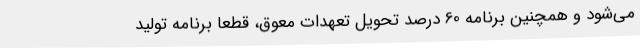
می‌شود و همچنین برنامه 60 درصد تحویل تعهدات معوق، قطعاً برنامه تولید